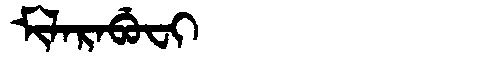
Manchu: ᠮᡳᠯᠠᡵᠠᠪᡠᠸᡳ
Romanization: MILARABUFI